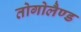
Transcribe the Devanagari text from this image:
तोगोलैण्ड